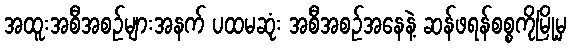
အထူးအစီအစဉ်များအနက် ပထမဆုံး အစီအစဉ်အနေနဲ့ ဆန်ဖရန်စစ္စကိုမြို့မှ